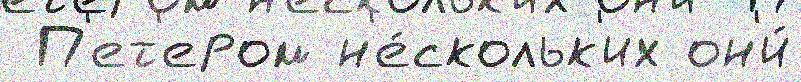
 П'ет'ером н'е́скольк'их он'и́